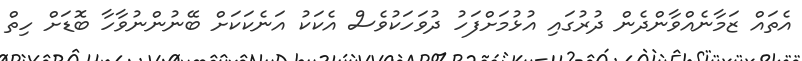
އެތައް ޒަމާނެއްވާންދެން ދުރުގައި އުޅުމަށްފަހު ދުވަހަކުވެސް އެކަކު އަނެކަކަށް ބޭނުންނުވާހާ ބޮޑަށް ހިތް